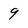
Character: 9